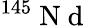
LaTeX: ^{145}\mathrm{~N~d~}